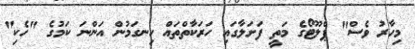
މިހާރު ވެސް" ޕްލޫޓޯގެ މަތީ ފަށަލާގައި ހަރަކާތްތައް ހިނގަމުން އަންނަ ކަމުގެ "ހެކި"